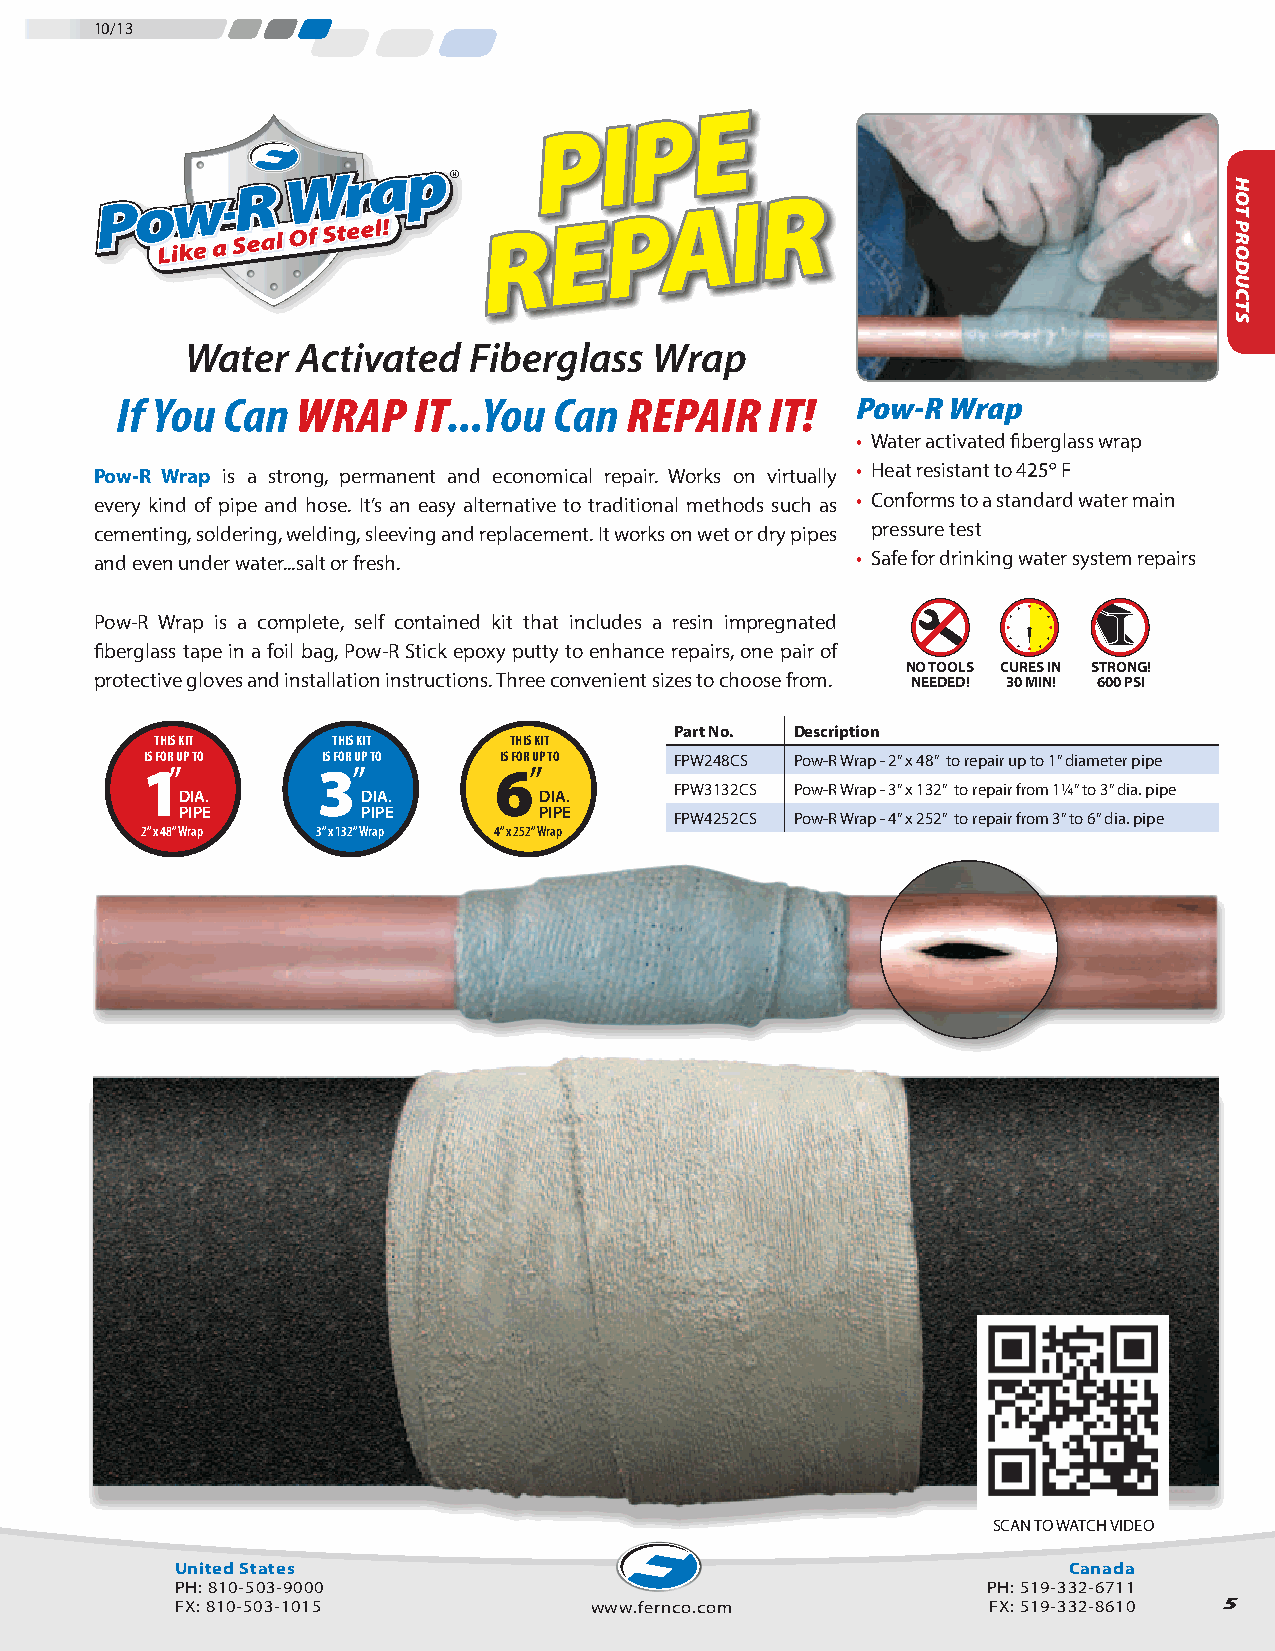
10/13
 E
 P
 P   I
 R
 A    I
 P
 E R
 Water   Activated  Fiberglass  Wrap
 If You Can  WRAP   IT...You  Can REPAIR    IT!   Pow-R Wrap
 • Water activated fiberglass wrap
 Pow-R Wrap is a strong, permanent and economical repair. Works on virtually • Heat resistant to 425º F
 every kind of pipe and hose. It’s an easy alternative to traditional methods such as • Conforms to a standard water main
 cementing, soldering, welding, sleeving and replacement. It works on wet or dry pipes pressure test
 and even under water...salt or fresh.              • Safe for drinking water system repairs
 Pow-R Wrap is a complete, self contained kit that includes a resin impregnated
 fiberglass tape in a foil bag, Pow-R Stick epoxy putty to enhance repairs, one pair of
 NO TOOLS CURES IN STRONG!
 protective gloves and installation instructions. Three convenient sizes to choose from. NEEDED! 30 MIN! 600 PSI
 Part No. Description
 THIS KIT    THIS KIT    THIS KIT
 IS FOR UP TO IS FOR UP TO IS FOR UP TO FPW248CS Pow-R Wrap - 2” x 48” to repair up to 1” diameter pipe
 1”          3”          6”
 FPW3132CS Pow-R Wrap - 3” x 132” to repair from 1¼” to 3” dia. pipe
 DIA.        DIA.        DIA.
 PIPE        PIPE        PIPE     FPW4252CS Pow-R Wrap - 4” x 252” to repair from 3” to 6” dia. pipe
 2” x 48” Wrap 3” x 132” Wrap 4” x 252” Wrap
 SCAN TO WATCH VIDEO
 United States                                              Canada
 PH: 810-503-9000                                     PH: 519-332-6711
 FX: 810-503-1015           www.fernco.com            FX: 519-332-8610 5
 HOT
 PRODUCTS